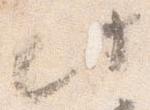
此